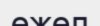
ежел